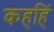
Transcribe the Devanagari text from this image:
कहहिं